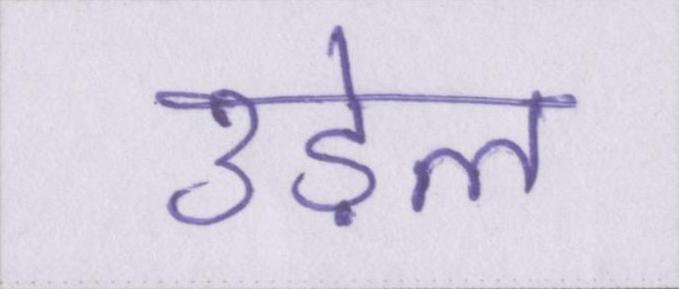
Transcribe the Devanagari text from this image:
उड़ेल